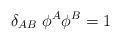
LaTeX: \begin{align*}\delta_{AB}~\phi^A\phi^B=1\end{align*}